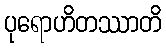
ပုရောဟိတဿာတိ